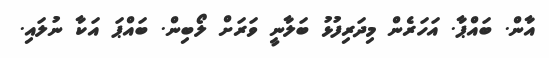
އާން. ބައްޕާ. އަހަރެން މިދަރިފުޅު ބަލާނީ ވަރަށް ލޯބިން. ބައްޕަ އަކާ ނުލައި.